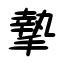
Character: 摯